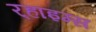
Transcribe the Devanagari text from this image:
र्‍हाइम्स